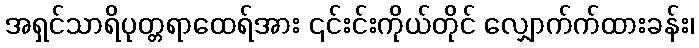
အရှင်သာရိပုတ္တရာထေရ်အား ၎င်းင်းကိုယ်တိုင် လျှောက်က်ထားခန်း၊